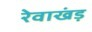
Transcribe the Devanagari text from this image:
रेवाखंड़